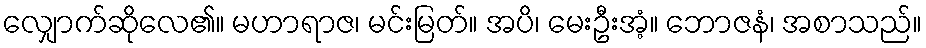
လျှောက်ဆိုလေ၏။ မဟာရာဇ၊ မင်းမြတ်။ အပိ၊ မေးဦးအံ့။ ဘောဇနံ၊ အစာသည်။